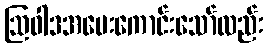
ဩဝါဒအပေးကောင်းသော်လည်း